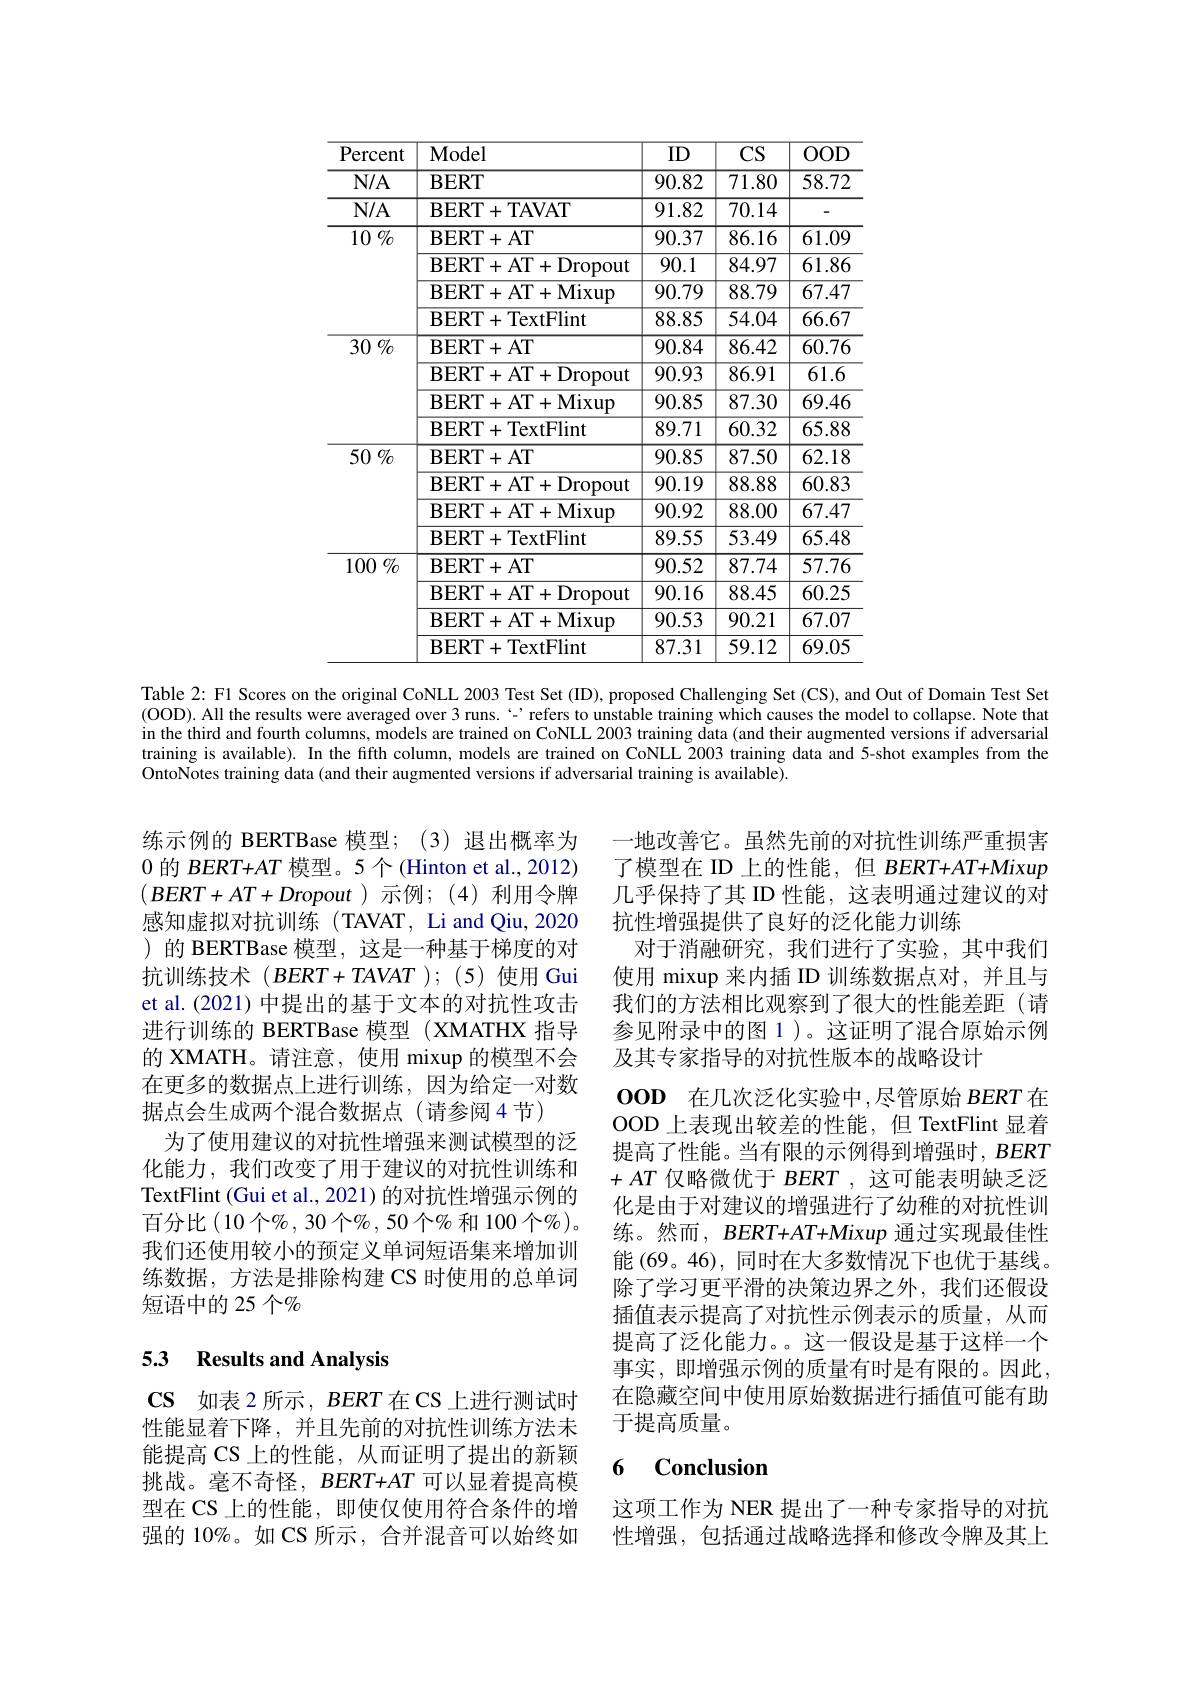
<table>
	<tbody>
		<tr>
			<th>Percent</th>
			<th>$\mathbf{Model}$</th>
			<th>ID</th>
			<th>$CS$</th>
			<th>$OOD$</th>
		</tr>
		<tr>
			<td>$N/A$</td>
			<td>$BERT$</td>
			<td>90.82</td>
			<td>$\overline{71.80}$</td>
			<td>58.72</td>
		</tr>
		<tr>
			<td>$N/A$</td>
			<td>BERT+ TAVAT</td>
			<td>91.82</td>
			<td>70.14</td>
			<td>-</td>
		</tr>
		<tr>
			<td rowspan="4">$10\%$</td>
			<td>$\mathbf{BERT}+\mathbf{AT}$</td>
			<td>90.37</td>
			<td>86.16</td>
			<td>61.09</td>
		</tr>
		<tr>
			<td>BERT+AT+Dropout</td>
			<td>90.1</td>
			<td>84.97</td>
			<td>61.86</td>
		</tr>
		<tr>
			<td>${\mathrm{BERT}+\mathrm{AT}+\mathrm{Mixup}}$</td>
			<td>90.79</td>
			<td>88.79</td>
			<td>$\overline{67.47}$</td>
		</tr>
		<tr>
			<td>BERT+ TextFlint</td>
			<td>88.85</td>
			<td>54.04</td>
			<td>$\overline{66.67}$</td>
		</tr>
		<tr>
			<td rowspan="4">$30\%$</td>
			<td>$\mathbf{BERT}+$AT</td>
			<td>90.84</td>
			<td>86.42</td>
			<td>$\overline{60.76}$</td>
		</tr>
		<tr>
			<td>BERT+AT+Dropout</td>
			<td>90.93</td>
			<td>86.91</td>
			<td>$\overline{61.6}$</td>
		</tr>
		<tr>
			<td>BERT+ AT+ Mixup</td>
			<td>90.85</td>
			<td>87.30</td>
			<td>69.46</td>
		</tr>
		<tr>
			<td>BERT+ TextFlint</td>
			<td>89.71</td>
			<td>60.32</td>
			<td>65.88</td>
		</tr>
		<tr>
			<td rowspan="4">$50\%$</td>
			<td>$\mathbf{BERT}+$AT</td>
			<td>90.85</td>
			<td>87.50</td>
			<td>62.18</td>
		</tr>
		<tr>
			<td>BERT+ AT+ Dropout</td>
			<td>90.19</td>
			<td>88.88</td>
			<td>60.83</td>
		</tr>
		<tr>
			<td>BERT+ AT+ Mixup</td>
			<td>90.92</td>
			<td>88.00</td>
			<td>67.47</td>
		</tr>
		<tr>
			<td>BERT+ TextFlint</td>
			<td>89.55</td>
			<td>53.49</td>
			<td>65.48</td>
		</tr>
		<tr>
			<td rowspan="4">$100\%$</td>
			<td>$\mathbf{BERT}+$AT</td>
			<td>90.52</td>
			<td>87.74</td>
			<td>57.76</td>
		</tr>
		<tr>
			<td>BERT+AT+Dropout</td>
			<td>90.16</td>
			<td>88.45</td>
			<td>60.25</td>
		</tr>
		<tr>
			<td>BERT+ AT+ Mixup</td>
			<td>90.53</td>
			<td>90.21</td>
			<td>67.07</td>
		</tr>
		<tr>
			<td>BERT+ TextFlint</td>
			<td>87.31</td>
			<td>59.12</td>
			<td>69.05</td>
		</tr>
	</tbody>
</table>

Table 2: F1 Scores on the original CoNLL 2003 Test Set (ID), proposed Challenging Set (CS), and Out of Domain Test Set (OOD). All the results were averaged over 3 runs. ' refers to unstable training which causes the model to collapse. Note that in the third and fourth columns, models are trained on CoNLL 2003 training dăta (and their augmented versions if adversarial training is available). In the fifth column, models are trained on CoNLL 2003 training data and 5-shot examples from the OntoNotes training data (and their augmented versions if adversarial training is available).

练示例的 BERTBase 模型；(3)退出概率为0的$BERT+AT$模型。5个(Hinton et al., 2012) $(BERT+AT+Dropout)$示例；(4)利用令牌感知虚拟对抗训练(TAVAT, Li and Qiu, 2020 )的 BERTBase 模型，这是一种基于梯度的对抗训练技术$(BERT+TAVAT);$ (5) 使用 Gui et al.(2021) 中提出的基于文本的对抗性攻击进行训练的 BERTBase 模型 (XMATHX 指导的 XMATH。请注意，使用 mixup 的模型不会在更多的数据点上进行训练，因为给定一对数据点会生成两个混合数据点(请参阅4节)
为了使用建议的对抗性增强来测试模型的泛化能力，我们改变了用于建议的对抗性训练和TextFlint (Gui et al., 2021) 的对抗性增强示例的百分比(10个%,30个%,50个%和100个%)。我们还使用较小的预定义单词短语集来增加训练数据，方法是排除构建 CS 时使用的总单词短语中的 25 个$\%$

一地改善它。虽然先前的对抗性训练严重损害了模型在 ID 上的性能，但$BERT+AT+Mixup$ 几乎保持了其 ID 性能，这表明通过建议的对抗性增强提供了良好的泛化能力训练
对于消融研究，我们进行了实验，其中我们使用 mixup 来内插 ID 训练数据点对，并且与我们的方法相比观察到了很大的性能差距(请参见附录中的图 1 )。这证明了混合原始示例及其专家指导的对抗性版本的战略设计
000在几次泛化实验中，尽管原始$BERT$在OOD 上表现出较差的性能，但 TextFlint 显着提高了性能。当有限的示例得到增强时，BERT $+AT$ 仅略微优于 $BERT$,这可能表明缺乏泛化是由于对建议的增强进行了幼稚的对抗性训练。然而，BERT+AT+Mixup 通过实现最佳性能 (69。46), 同时在大多数情况下也优于基线。除了学习更平滑的决策边界之外，我们还假设插值表示提高了对抗性示例表示的质量，从而提高了泛化能力。。这一假设是基于这样一个事实，即增强示例的质量有时是有限的。因此， 在隐藏空间中使用原始数据进行插值可能有助于提高质量。

## 5.3 Results and Analysis

### 6 $\mathbf{Conclusion}$

CS 如表2 所示，BERT 在 CS 上进行测试时性能显着下降，并且先前的对抗性训练方法未能提高 CS 上的性能，从而证明了提出的新颖挑战。毫不奇怪，BERT+AT 可以显着提高模型在 CS 上的性能，即使仅使用符合条件的增强的 10%。如 CS 所示，合并混音可以始终如

这项工作为 NER 提出了一种专家指导的对抗性增强，包括通过战略选择和修改令牌及其上